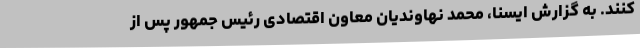
کنند. به گزارش ایسنا، محمد نهاوندیان معاون اقتصادی رئیس جمهور پس از